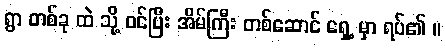
ရွာ တစ်ခု ထဲ သို့ ဝင်ပြီး အိမ်ကြီး တစ်ဆောင် ရှေ့ မှာ ရပ်၏ ။